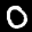
Label: 0